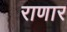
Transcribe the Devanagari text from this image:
राणार